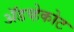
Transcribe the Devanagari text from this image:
ॲडव्हेकोट